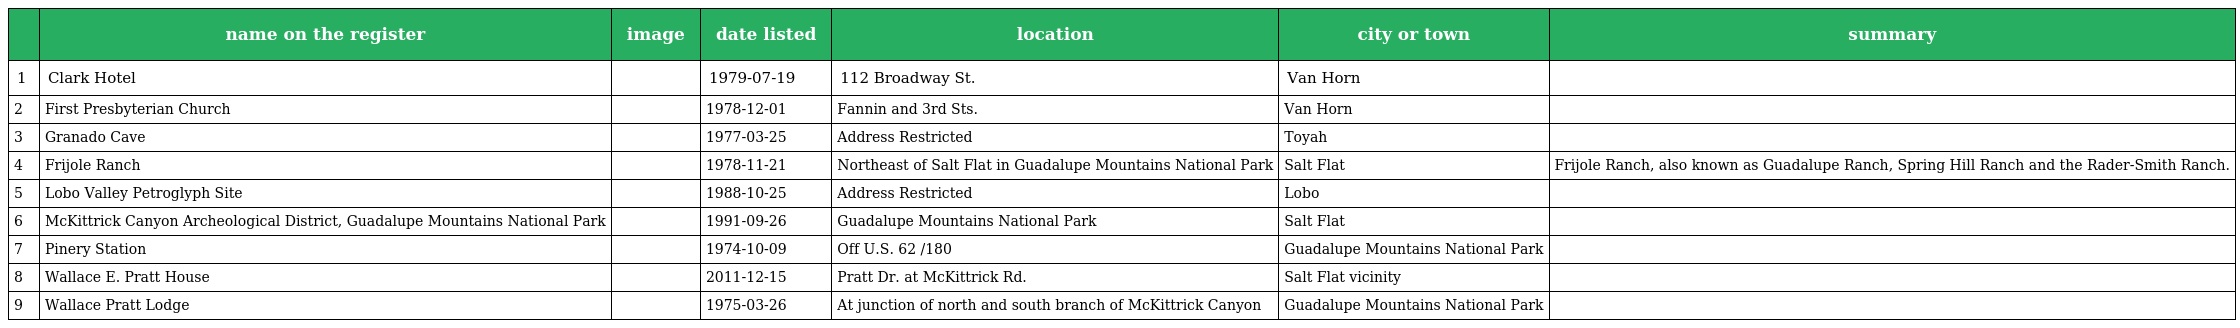
|  | name on the register | image | date listed | location | city or town | summary |
 | --- | --- | --- | --- | --- | --- | --- |
 | 1 | Clark Hotel |  | 1979-07-19 | 112 Broadway St. | Van Horn |  |
 | 2 | First Presbyterian Church |  | 1978-12-01 | Fannin and 3rd Sts. | Van Horn |  |
 | 3 | Granado Cave |  | 1977-03-25 | Address Restricted | Toyah |  |
 | 4 | Frijole Ranch |  | 1978-11-21 | Northeast of Salt Flat in Guadalupe Mountains National Park | Salt Flat | Frijole Ranch, also known as Guadalupe Ranch, Spring Hill Ranch and the Rader-Smith Ranch. |
 | 5 | Lobo Valley Petroglyph Site |  | 1988-10-25 | Address Restricted | Lobo |  |
 | 6 | McKittrick Canyon Archeological District, Guadalupe Mountains National Park |  | 1991-09-26 | Guadalupe Mountains National Park | Salt Flat |  |
 | 7 | Pinery Station |  | 1974-10-09 | Off U.S. 62 /180 | Guadalupe Mountains National Park |  |
 | 8 | Wallace E. Pratt House |  | 2011-12-15 | Pratt Dr. at McKittrick Rd. | Salt Flat vicinity |  |
 | 9 | Wallace Pratt Lodge |  | 1975-03-26 | At junction of north and south branch of McKittrick Canyon | Guadalupe Mountains National Park |  |